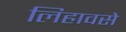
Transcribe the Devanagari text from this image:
लिहावसे